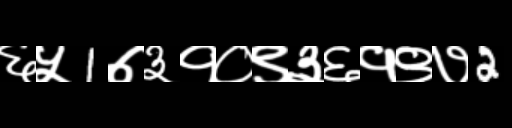
Text: ६५1७३१०९३६१९७2